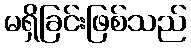
မရှိခြင်းဖြစ်သည်